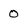
Character: 0